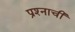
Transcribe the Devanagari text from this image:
प्रश्‍नाची